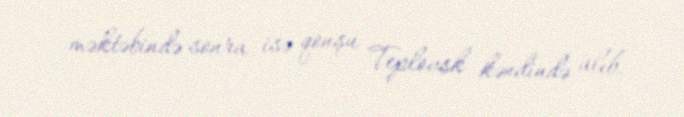
məktəbində sonra isə qonşu Teplovsk kəndində alıb.